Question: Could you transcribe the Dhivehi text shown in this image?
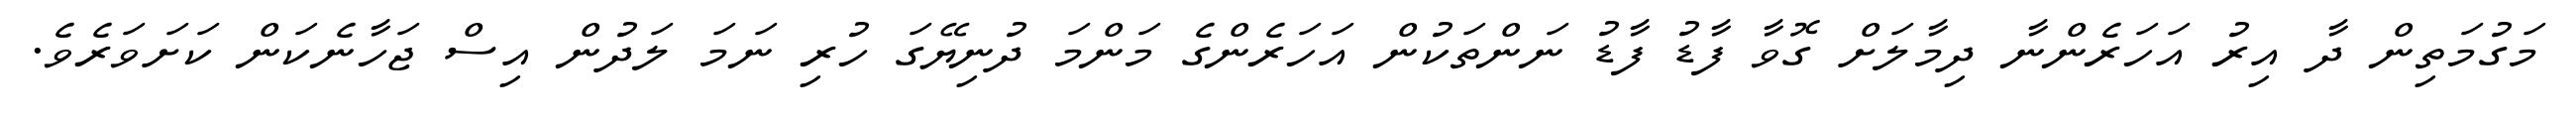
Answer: މަގުމަތިން ދާ އިރު އަހަރެންނާ ދިމާލަށް ގޮވާ ފާޑު ފާޑު ނަންތަކުން އަހަރެންގެ މަންމަ ދުނިޔޭގަ ހުރި ނަމަ ލަދުން އިސް ޖަހާނެކަން ކަށަވަރެވެ.